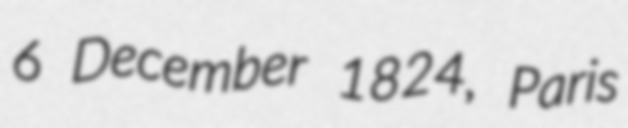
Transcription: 6 December 1824, Paris